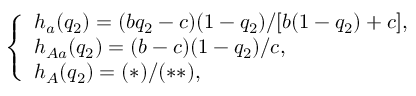
\left\{ \begin{array} { l l } { h _ { a } ( q _ { 2 } ) = ( b q _ { 2 } - c ) ( 1 - q _ { 2 } ) / [ b ( 1 - q _ { 2 } ) + c ] , } \\ { h _ { A a } ( q _ { 2 } ) = ( b - c ) ( 1 - q _ { 2 } ) / c , } \\ { h _ { A } ( q _ { 2 } ) = ( \ast ) / ( \ast \ast ) , } \end{array} \right.